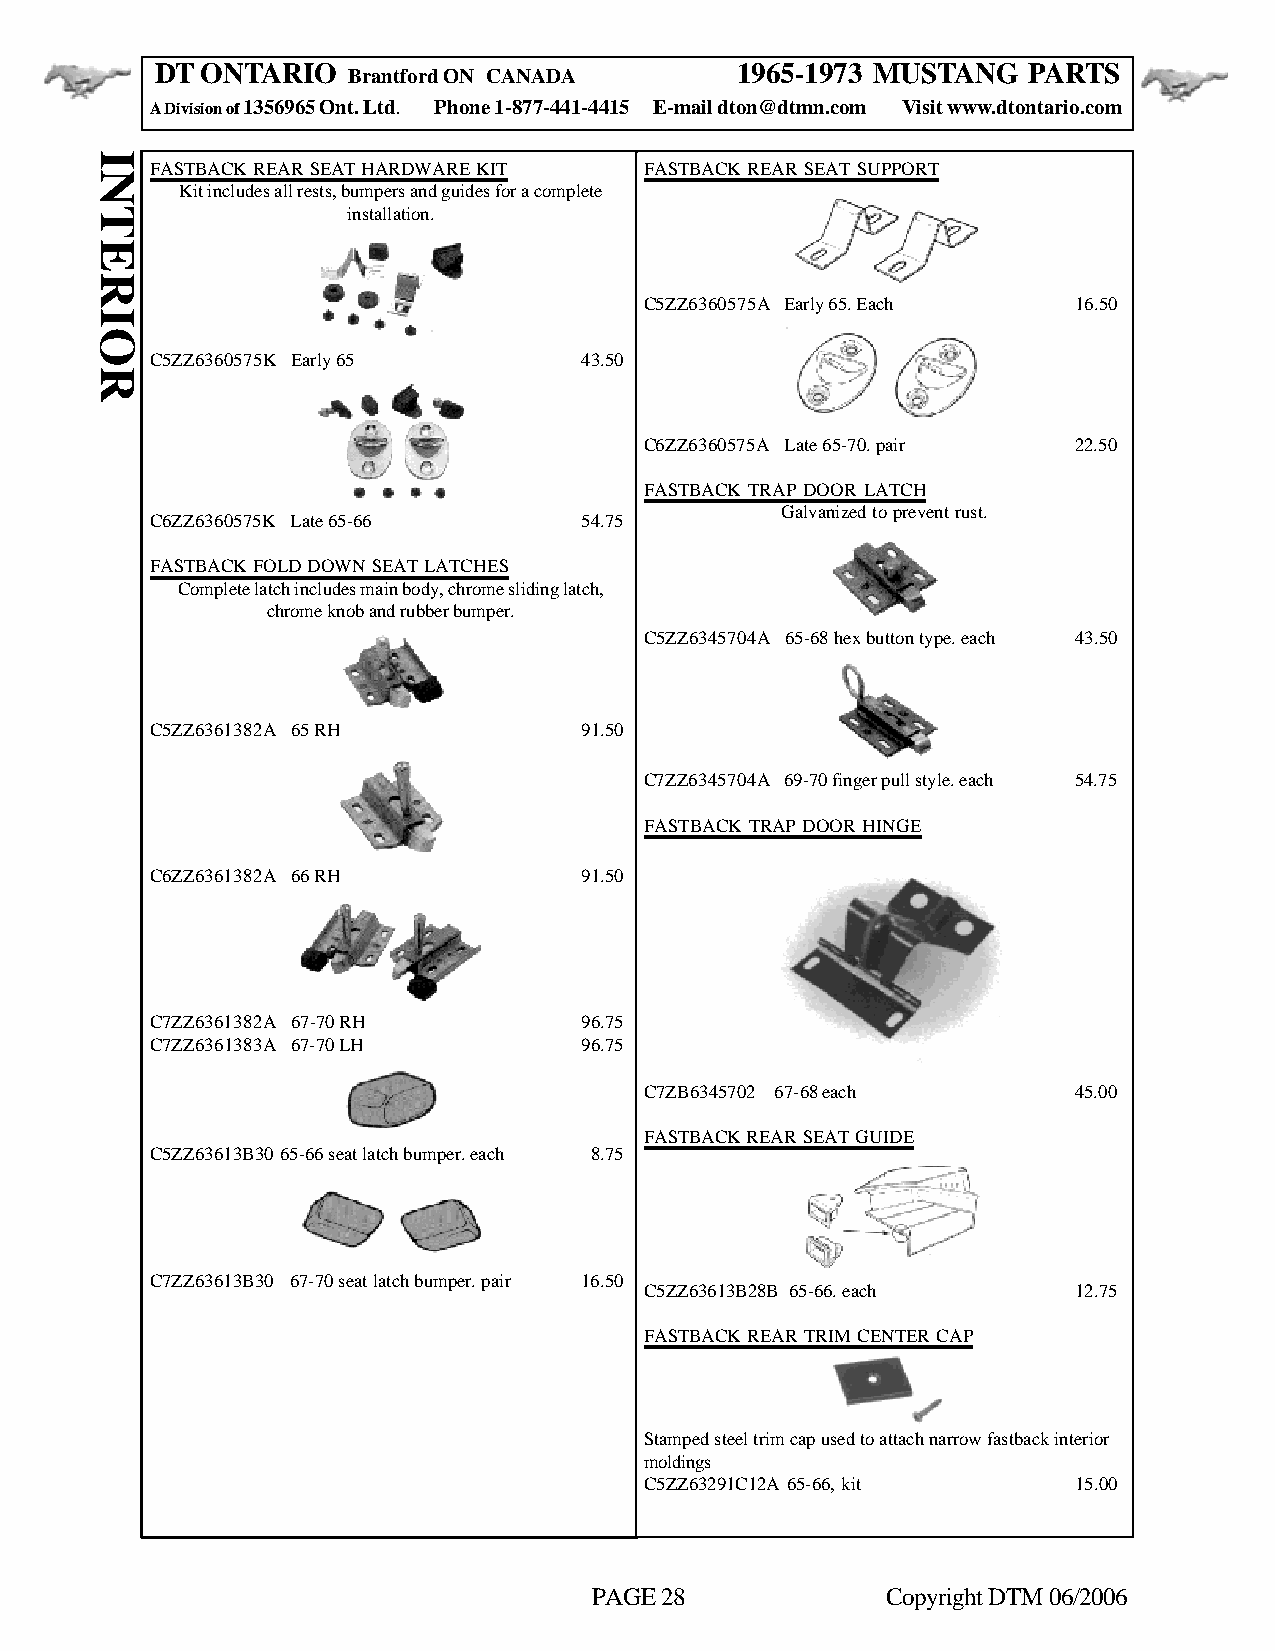
DT ONTARIO                             1965-1973 MUSTANG  PARTS
 Brantford ON CANADA
 A Division of 1356965 Ont. Ltd. Phone 1-877-441-4415 E-mail dton@dtmn.com Visit www.dtontario.com
 FASTBACK REAR SEAT HARDWARE KIT  FASTBACK REAR SEAT SUPPORT
 Kit includes all rests, bumpers and guides for a complete
 installation.
 C5ZZ6360575A Early 65. Each 16.50
 C5ZZ6360575K Early 65       43.50
 C6ZZ6360575A Late 65-70. pair 22.50
 FASTBACK TRAP DOOR LATCH
 Galvanized to prevent rust.
 C6ZZ6360575K Late 65-66     54.75
 FASTBACK FOLD DOWN SEAT LATCHES
 Complete latch includes main body, chrome sliding latch,
 chrome knob and rubber bumper.
 C5ZZ6345704A 65-68 hex button type. each 43.50
 C5ZZ6361382A 65 RH          91.50
 C7ZZ6345704A 69-70 finger pull style. each 54.75
 FASTBACK TRAP DOOR HINGE
 C6ZZ6361382A 66 RH          91.50
 C7ZZ6361382A 67-70 RH       96.75
 C7ZZ6361383A 67-70 LH       96.75
 C7ZB6345702 67-68 each      45.00
 FASTBACK REAR SEAT GUIDE
 C5ZZ63613B3065-66 seat latch bumper. each 8.75
 C7ZZ63613B30 67-70 seat latch bumper. pair 16.50
 C5ZZ63613B28B 65-66. each   12.75
 FASTBACK REAR TRIM CENTER CAP
 Stamped steel trim cap used to attach narrow fastback interior
 moldings
 C5ZZ63291C12A 65-66, kit    15.00
 PAGE 28             Copyright DTM 06/2006
 INTERIOR